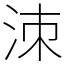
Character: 洓